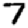
Digit: 7